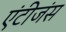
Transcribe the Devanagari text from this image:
एंटीजंस